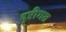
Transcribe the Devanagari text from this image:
दृष्टीगत